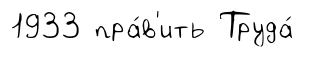
1933 пра́в'ить Труда́